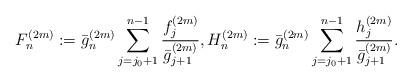
LaTeX: \begin{align*}F^{(2m)}_n&:=\bar{g}_n^{(2m)} \sum_{j=j_0+1}^{n-1} \dfrac{f_j^{(2m)}}{\bar{g}_{j+1}^{(2m)} },H_n^{(2m)} :=\bar{g}_n^{(2m)} \sum_{j=j_0+1}^{n-1} \dfrac{h_j^{(2m)}}{\bar{g}_{j+1}^{(2m)} }.\end{align*}